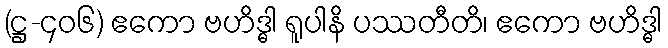
(ဋ္ဌ-၄၀၆) ဧကော ဗဟိဒ္ဓါ ရူပါနိ ပဿတီတိ၊ ဧကော ဗဟိဒ္ဓါ